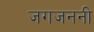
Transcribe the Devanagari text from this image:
जगजननी